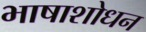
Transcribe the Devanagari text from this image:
भाषाशोधन